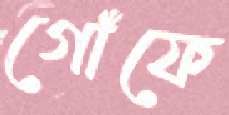
গোঁফে